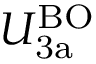
U _ { \mathrm { 3 a } } ^ { \mathrm { B O } }